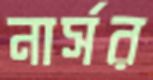
নার্সর